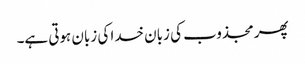
پھر مجذوب کی زبان خدا کی زبان ہوتی ہے۔